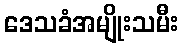
ဒေသခံအမျိုးသမီး